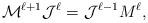
LaTeX: \begin{align*}\mathcal{M}^{\ell+1}\mathcal{J}^\ell=\mathcal{J}^{\ell-1}M^\ell,\end{align*}